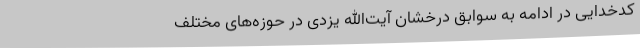
کدخدایی در ادامه به سوابق درخشان آیت‌الله یزدی در حوزه‌های مختلف